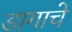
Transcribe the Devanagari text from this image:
डागाचे